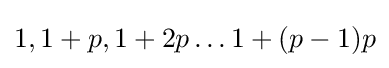
1,1+p,1+2p\dots 1+(p-1)p